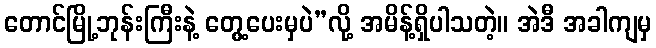
တောင်မြို့ဘုန်းကြီးနဲ့ တွေ့ပေးမှပဲ”လို့ အမိန့်ရှိပါသတဲ့။ အဲဒီ အခါကျမှ